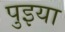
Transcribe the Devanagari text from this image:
पुइया